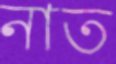
নাত